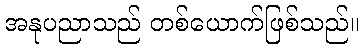
အနုပညာသည် တစ်ယောက်ဖြစ်သည်။